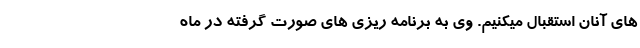
های آنان استقبال میکنیم. وی به برنامه ریزی های صورت گرفته در ماه